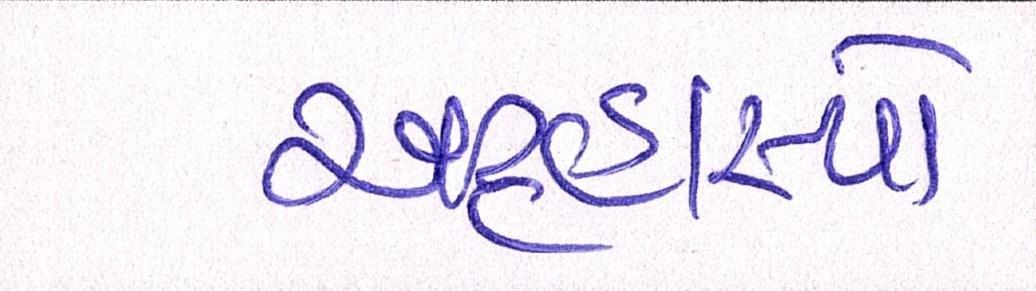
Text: અટ્ટહાસ્યો